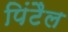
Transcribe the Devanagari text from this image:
पिंटैल